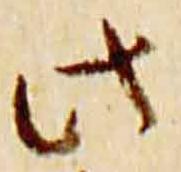
此